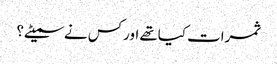
ثمرات کیاتھے اورکس نے سمیٹے؟